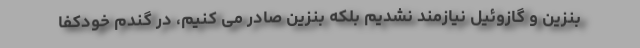
بنزین و گازوئیل نیازمند نشدیم بلکه بنزین صادر می کنیم، در گندم خودکفا